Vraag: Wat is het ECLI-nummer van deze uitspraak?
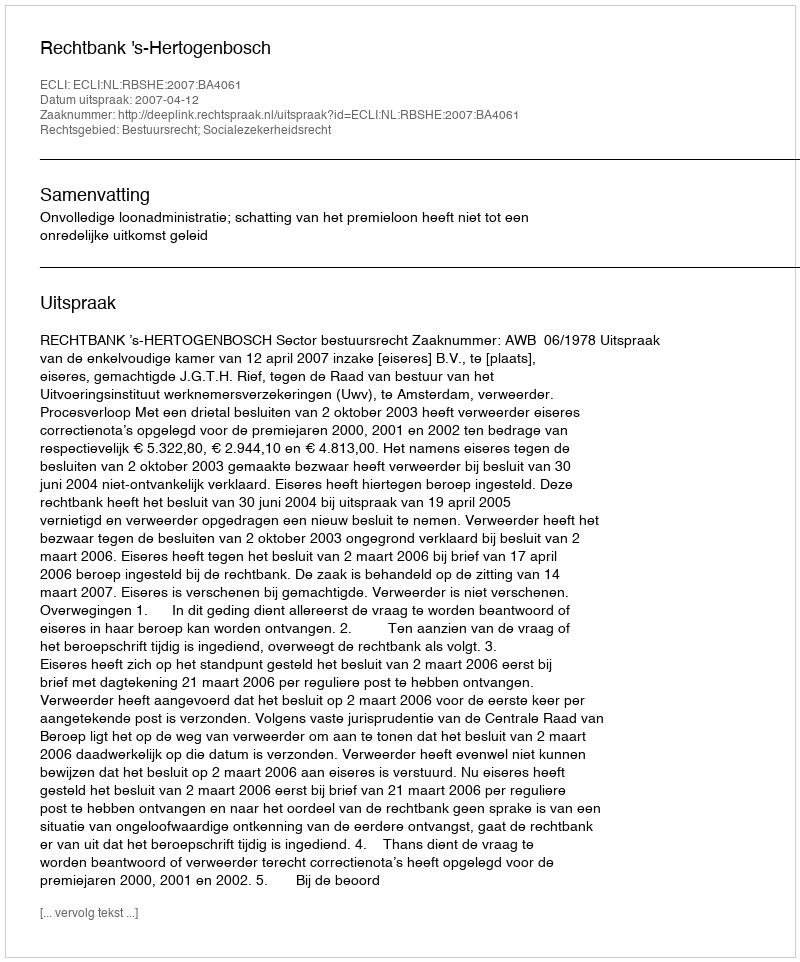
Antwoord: ECLI:NL:RBSHE:2007:BA4061